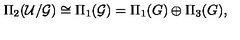
\Pi _ { 2 } ( { \cal U } / { \cal G } ) \cong \Pi _ { 1 } ( { \cal G } ) = \Pi _ { 1 } ( G ) \oplus \Pi _ { 3 } ( G ) ,